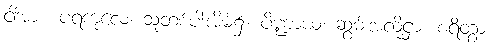
ငါ့အား။ ပရကုလေ၊ သူတစ်ပါးအိမ်၌။ ပိဏ္ဍာယ၊ ဆွမ်းအလို့ငှာ။ စရိတွာ၊